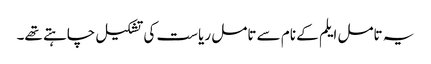
یہ تامل ایلم کے نام سے تامل ریاست کی تشکیل چاہتے تھے۔